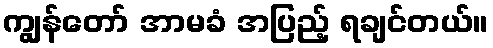
ကျွန်တော် အာမခံ အပြည့် ရချင်တယ်။